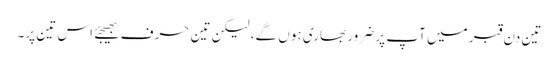
تین دن قبر میں آپ پر ضرور بھاری ہوں گے، لیکن تین حرف بھیجئے اس تین پر۔